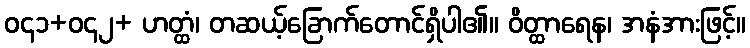
ဝ၄၁+ဝ၄၂+ ဟတ္ထံ၊ တဆယ့်ခြောက်တောင်ရှိပါ၏။ ဝိတ္ထာရေန၊ အနံအားဖြင့်။